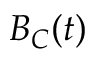
B _ { C } ( t )